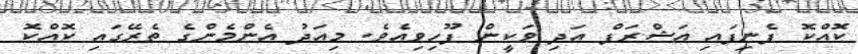
ކޮއްކޮ ފެނިފައި އަޝްރަފް އަދި ވަކީން ފޫހިވިއެވެ. މިއަދު އެންމެންގެ ތެރޭގައި ކޮއްކޮ